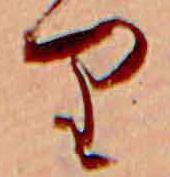
り